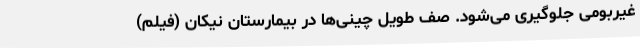
غیربومی جلوگیری می‌شود. صف طویل چینی‌ها در بیمارستان نیکان (فیلم)